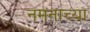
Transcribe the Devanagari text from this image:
नमनाच्या